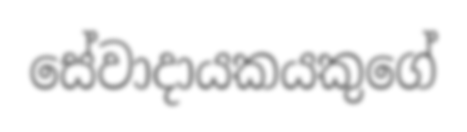
සේවාදායකයකුගේ